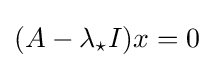
(A-\lambda _{\star }I)x=0